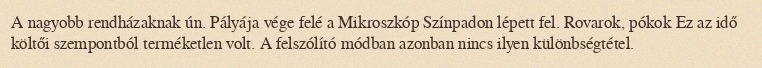
A nagyobb rendházaknak ún. Pályája vége felé a Mikroszkóp Színpadon lépett fel. Rovarok, pókok Ez az idő költői szempontból terméketlen volt. A felszólító módban azonban nincs ilyen különbségtétel.